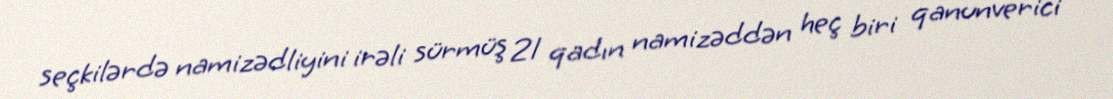
seçkilərdə namizədliyini irəli sürmüş 21 qadın namizəddən heç biri qanunverici